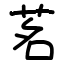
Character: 茗